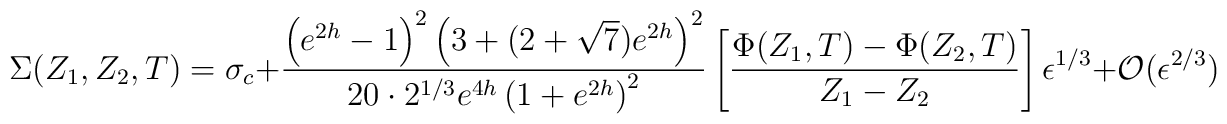
\Sigma(Z_1,Z_2,T) =\sigma_c + {\left(e^{2h}-1\right)^2  \left(3+(2+\sqrt{7})e^{2h}\right)^2\over  20\cdot 2^{1/3} e^{4h} \left(1+e^{2h}\right)^2}  \left[{{\Phi(Z_1,T)-\Phi(Z_2,T)}\over  {Z_1 - Z_2}}\right] \epsilon^{1/3}  + {\cal O}(\epsilon^{2/3})